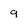
Character: 9